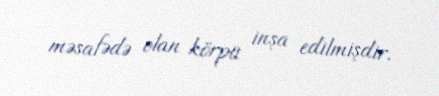
məsafədə olan körpü inşa edilmişdir.